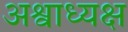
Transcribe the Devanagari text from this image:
अश्वाध्यक्ष